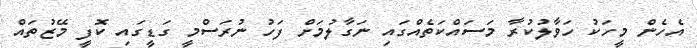
އެހެން މީހަކު ހަވާލުކުރާ މަސައްކަތެއްގައި ނަގާލުމަށް ފަހު ނުރަސްމީ ގަޑީގައި ކޮފީ މޭޒުތައް